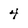
Character: 4